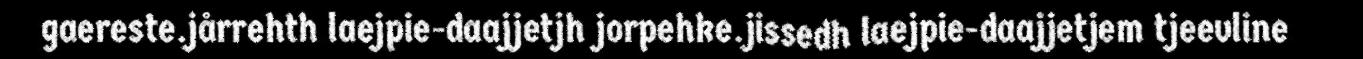
gaereste.jårrehth laejpie-daajjetjh jorpehke.jissedh laejpie-daajjetjem tjeevline